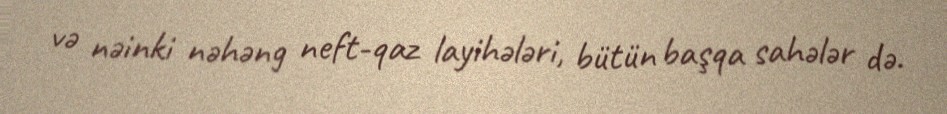
və nəinki nəhəng neft-qaz layihələri, bütün başqa sahələr də.